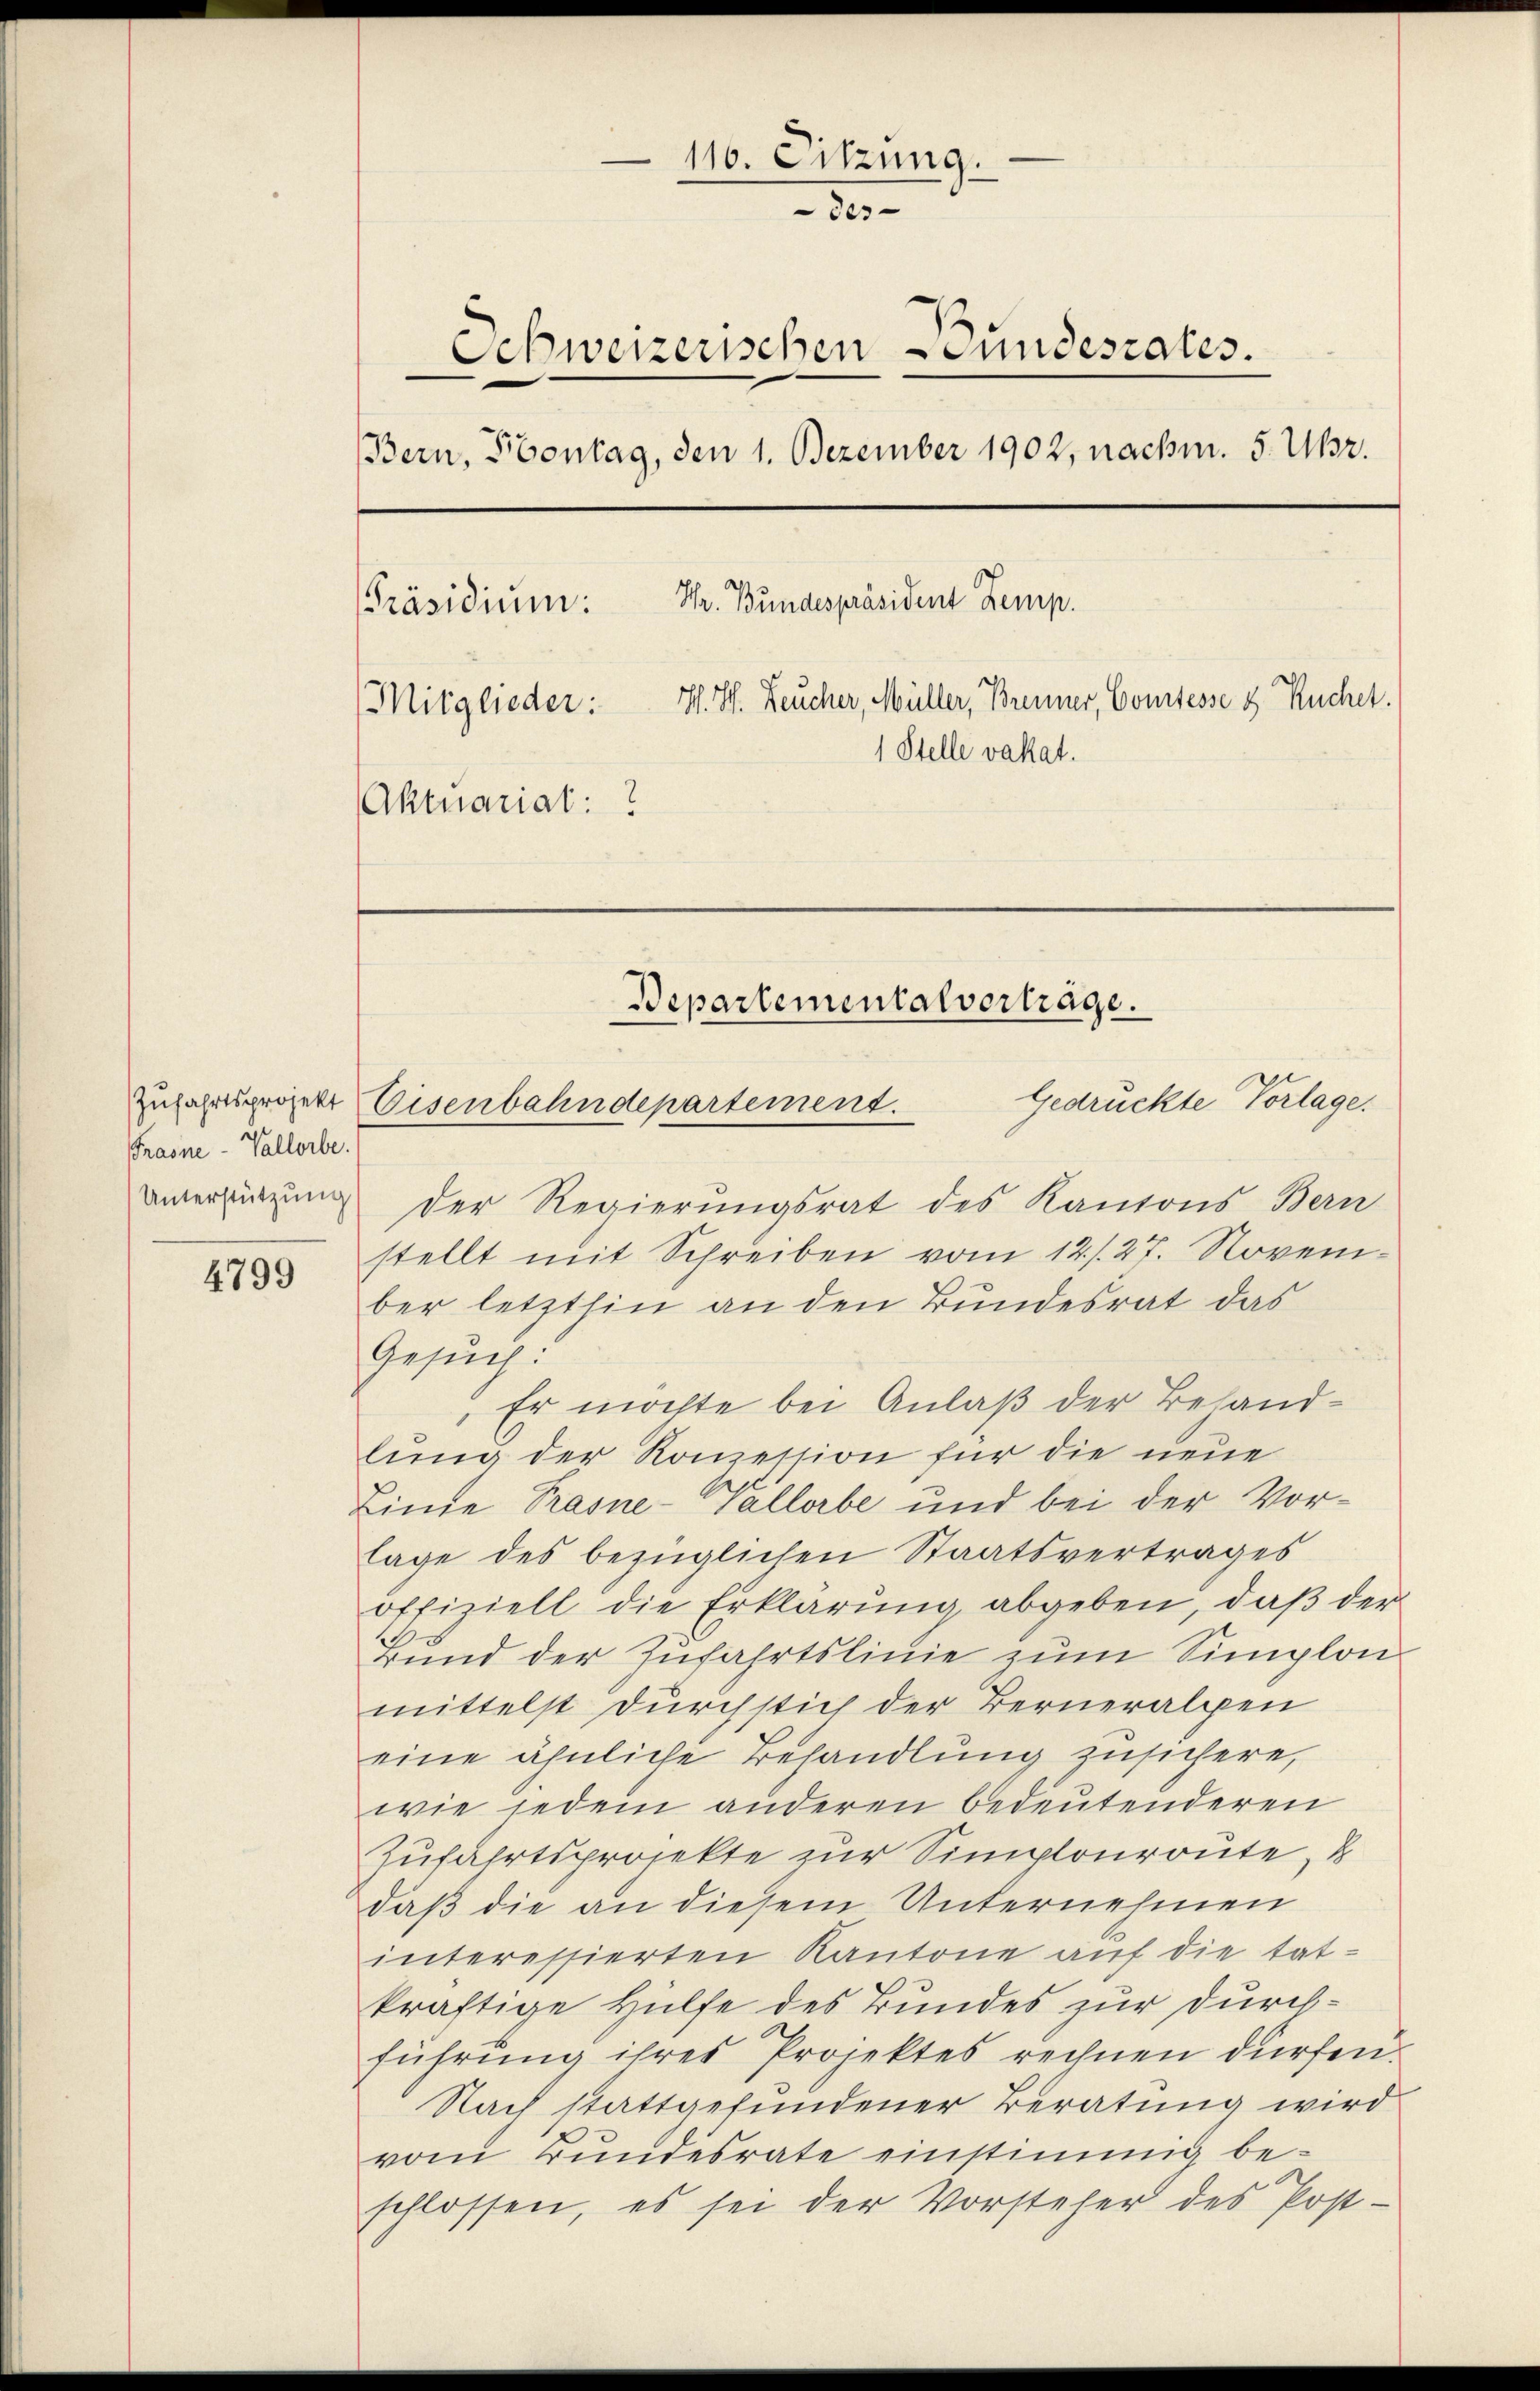
Frasne-Vallorbe

4799

110. Sitzung.
3
Schweizerischen Bundesrates.
e
Bern, Sontag, den 1. Dezember 1902, nachm. 5. Uhr.
Hr. Bundespräsident Zemp.
PPräsidium:
Mitglieder: H. H. Feucher, Müller, Brenner, Comtesse & Kuchet.
1 Stelle vakat.
Aktuariat:

Gedrückte Vorlage.
Zufahrtsprojekt Eisenbahndepartement.

unerstützung der Regierungsrat des Kantons Bern
stellt mit Schreiben vom 12./. 27. November letzthin an den Bundesrat das
Gesuch:
 Er möchte bei Anlaß der Behandlung der Komession für die neue
Linie Prasne-Vallorbe und bei der Vorlage des bezüglichen Staatsvertrages
offiziell die Erklärung abgeben, daß der
Bund der Zufahrtslinie zum Simplon
mittelst durchstich der Berneralpen
eine ähnliche Behandlung zusichere,
wie jedem anderen bedeutenderen
Zufahrtsprojekte zur Simplonroute, d
daß die an diesem Unternehmen
interessierten Kantone auf die tat-
kräftige Hülfe des Bundes zur Durchführung ihres Projektes rechnen dürfen.
Nach stattgefundener Beratung wird
vom Bundesrate einstimmig beschlossen, es sei der Vorsteher des Post-

Bepartementalverträge.